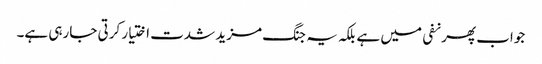
جواب پھر نفی میں ہے بلکہ یہ جنگ مزید شدت اختیار کرتی جارہی ہے۔